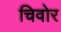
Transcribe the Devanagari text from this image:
चिवोर